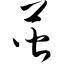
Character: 蒈